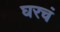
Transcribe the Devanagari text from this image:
घरचं